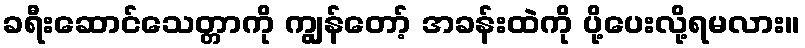
ခရီးဆောင်သေတ္တာကို ကျွန်တော့် အခန်းထဲကို ပို့ပေးလို့ရမလား။